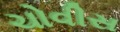
ચોવીસ